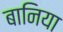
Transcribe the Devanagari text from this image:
बानिया